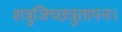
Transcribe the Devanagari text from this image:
शत्रुजिच्छत्रुतापनः।